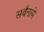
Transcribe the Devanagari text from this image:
सर्वंनामें